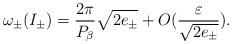
LaTeX: \begin{align*}\omega_{\pm}(I_{\pm})=\frac{2\pi}{P_{\beta}}\sqrt{2e_{\pm}}+O(\frac{\varepsilon}{\sqrt{2e_{\pm}}}). \end{align*}